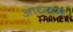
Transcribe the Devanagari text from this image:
आध्मान